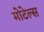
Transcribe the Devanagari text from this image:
मोटेल्स